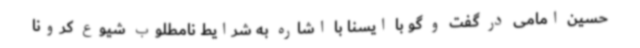
حسین امامی در گفت و گو با ایسنا با اشاره به شرایط نامطلوب شیوع کرونا